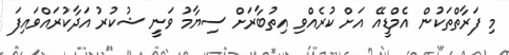
މި ފަރާތްތަކުން އެމްޑީއޭ އަށް ކުރެއްވި އިތުބާރަށް ސިޔާމު ވަނީ ޝުކުރު އަދާކުރައްވައިފަ